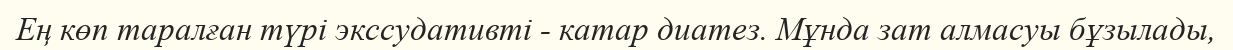
Ең көп таралған түрі экссудативті - катар диатез. Мұнда зат алмасуы бұзылады,